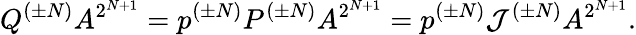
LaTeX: Q^{(\pm N)}A^{2^{N+1}}=p^{(\pm N)}P^{(\pm N)}A^{2^{N+1}}=p^{(\pm N)}{\cal J}^{(\pm N)}A^{2^{N+1}}.